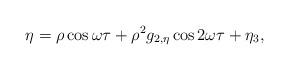
LaTeX: \begin{align*}\eta =\rho\cos\omega\tau +\rho^{2}g_{2,\eta}\cos 2\omega\tau +\eta_{3},\end{align*}